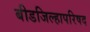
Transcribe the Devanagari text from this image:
बीडजिल्हापरिषद